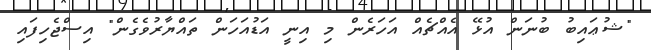
"ޝުޢައިބު ބުނަން އުޅޭ އެއްޗެއް އަހަރެން މި އިނީ އަޑުއަހަން ތައްޔާރުވެގެން" އިސްޖެހިފައި